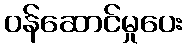
ဝန်ဆောင်မှုပေး